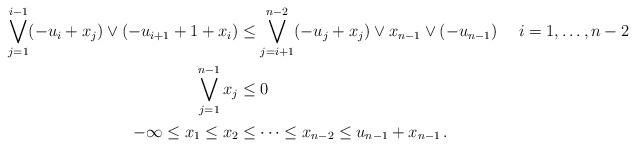
LaTeX: \begin{align*}\allowdisplaybreaks\bigvee_{j = 1}^{i-1} (-u_i + x_j) \vee (-u_{i+1} + 1 + x_i) & \leq \bigvee_{j = i+1}^{n-2} (-u_j + x_j) \vee x_{n-1} \vee (-u_{n-1}) && \enspace i = 1, \dots, n-2 \\ \bigvee_{j = 1}^{n-1} x_j & \leq 0 \\ -\infty \leq x_1 \leq x_2 & \leq \dots \leq x_{n-2} \leq u_{n-1} + x_{n-1} \, .\end{align*}